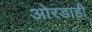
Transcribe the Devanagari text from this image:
ओरडाही